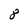
Character: 8